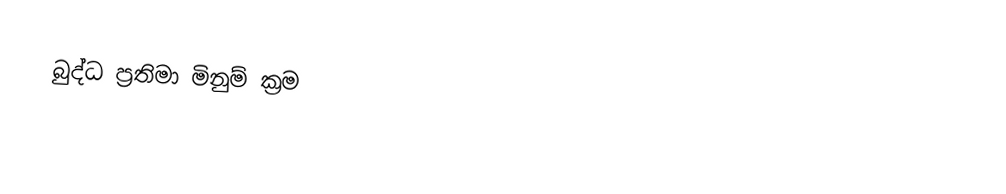
බුද්ධ ප්‍රතිමා මිනුම් ක්‍රම